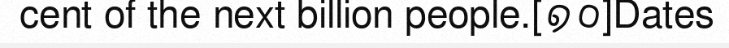
cent of the next billion people.[១០]Dates